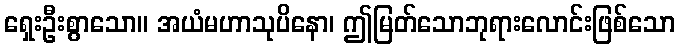
ရှေးဦးစွာသော။ အယံမဟာသုပိနော၊ ဤမြတ်သောဘုရားလောင်းဖြစ်သော